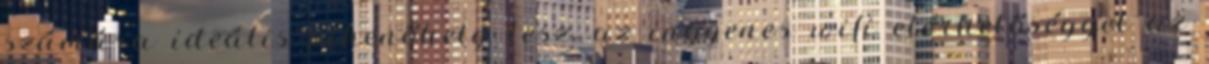
számára ideális pihenőhely lesz, az ingyenes wifi elérhetőséggel az